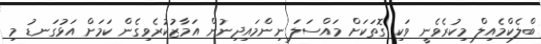
ބްލެކްމެއިލް މިކުރެވެނީ ވަކި ގޮތަކަށް މައްސަލަ ނިންމައިދިނުން އަމާޒުކުރެވިގެން ކަމަށް އަޅުގަނޑު މި